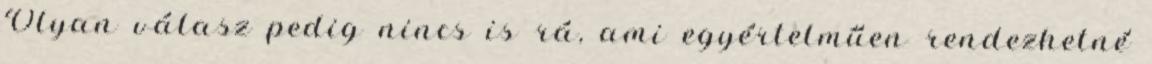
Olyan válasz pedig nincs is rá, ami egyértelműen rendezhetné